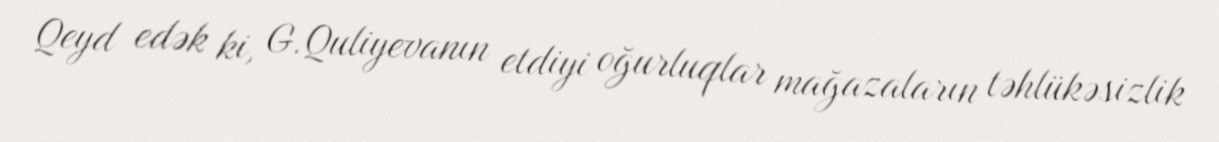
Qeyd edək ki, G.Quliyevanın etdiyi oğurluqlar mağazaların təhlükəsizlik